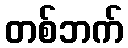
တစ်ဘက်